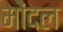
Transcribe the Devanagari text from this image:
मोंदल